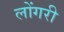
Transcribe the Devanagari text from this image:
लोंगरी